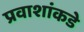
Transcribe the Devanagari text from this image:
प्रवाशांकडे